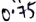
Text: 0.75